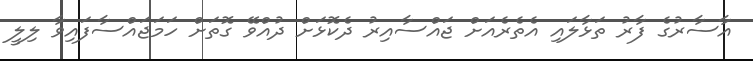
އާސާރުގެ ފާރު ތަޅާލައި އެތެރެއަށް ޖައްސާއިރު ދެކޮޅަށް ދުއްވޭ ގޮތަށް ހަމަޖައްސާފައިވާ ލިލީ